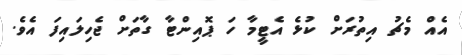
އެއް މެޗު އިތުރަށް ކުޅެ އެޓީމާ ހަ ޕޮއިންޓާ ގާތަށް ޖެހިލައިފަ އެވެ.